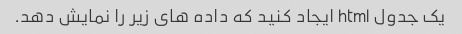
یک جدول html ایجاد کنید که داده های زیر را نمایش دهد.